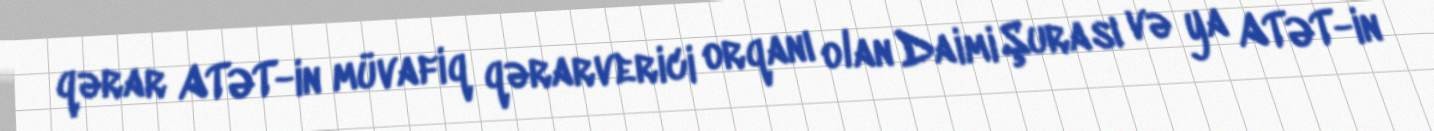
qərar ATƏT-in müvafiq qərarverici orqanı olan Daimi Şurası və ya ATƏT-in